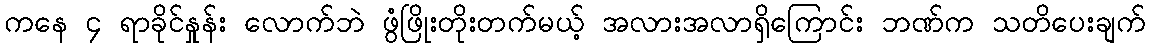
ကနေ ၄ ရာခိုင်နှုန်း လောက်ဘဲ ဖွံံဖြိုးတိုးတက်မယ့် အလားအလာရှိကြောင်း ဘဏ်က သတိပေးချက်